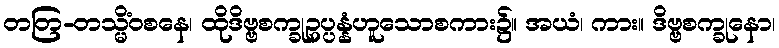
တတြ-တသ္မိံဝစနေ၊ ထိုဒိဗ္ဗစက္ခုဥပ္ပန္နံဟူသောစကား၌။ အယံ၊ ကား။ ဒိဗ္ဗစက္ခုနော၊